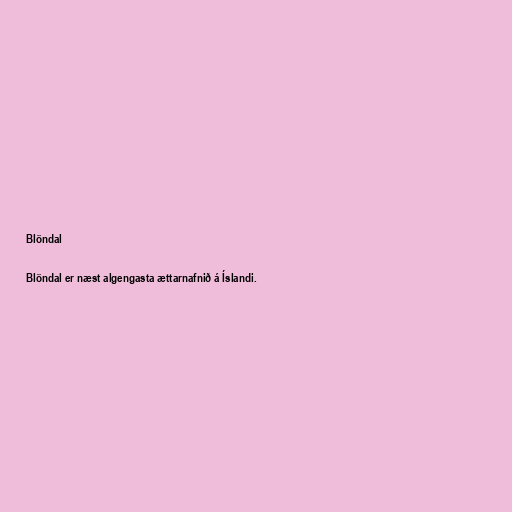
Blöndal

Blöndal er næst algengasta ættarnafnið á Íslandi.